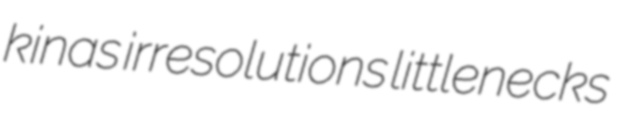
kinas irresolutions littlenecks